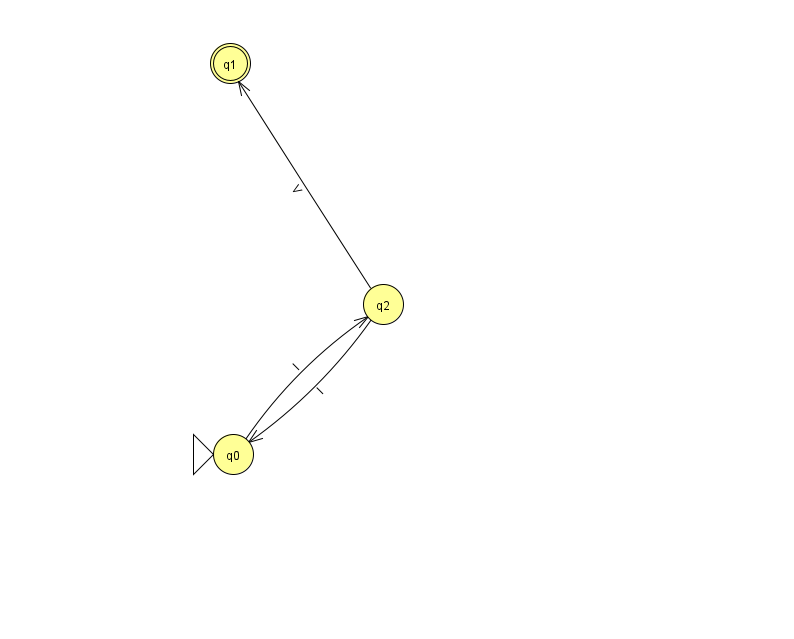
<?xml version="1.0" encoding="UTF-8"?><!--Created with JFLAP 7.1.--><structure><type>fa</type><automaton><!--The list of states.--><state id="0" name="q0"><x>233.0</x><y>441.0</y><initial/></state><state id="1" name="q1"><x>230.0</x><y>50.0</y><final/></state><state id="2" name="q2"><x>383.0</x><y>291.0</y></state><!--The list of transitions.--><transition><from>2</from><to>1</to><read>V</read></transition><transition><from>0</from><to>2</to><read>I</read></transition><transition><from>2</from><to>0</to><read>I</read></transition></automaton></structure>